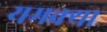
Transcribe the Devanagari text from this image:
यमक्या